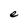
Character: e